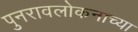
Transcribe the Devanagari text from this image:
पुनरावलोकनाच्या